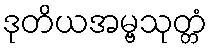
ဒုတိယအမ္ဗသုတ္တံ